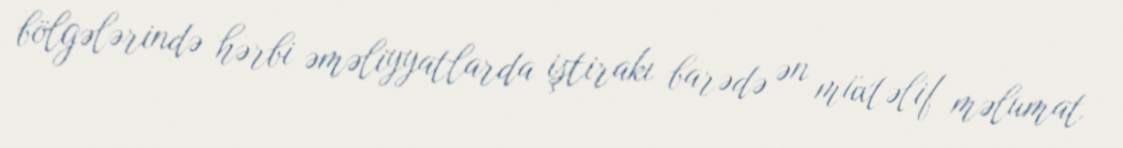
bölgələrində hərbi əməliyyatlarda iştirakı barədə ən müxtəlif məlumat